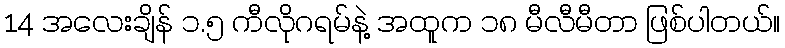
14 အလေးချိန် ၁.၅ ကီလိုဂရမ်နဲ့ အထူက ၁၈ မီလီမီတာ ဖြစ်ပါတယ်။